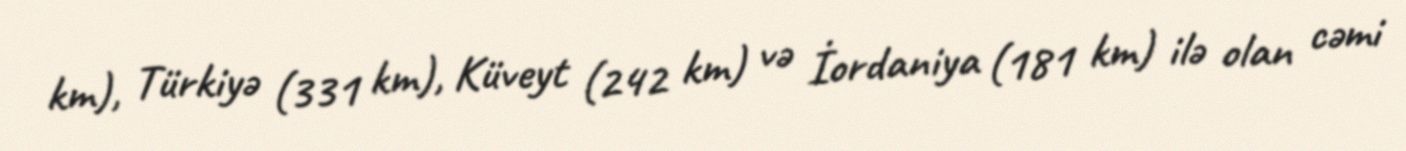
km), Türkiyə (331 km), Küveyt (242 km) və İordaniya (181 km) ilə olan cəmi